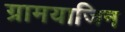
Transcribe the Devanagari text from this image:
ग्रामयाजिन